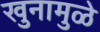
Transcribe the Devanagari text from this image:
खुनामुळे